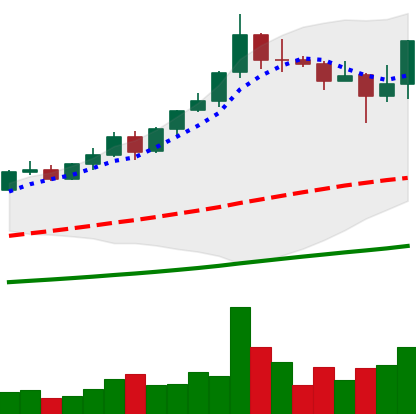
Ticker: BNB-USD
Chart end date: 2021-04-20
Forward return: -13.96%
Label: down_7plus